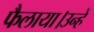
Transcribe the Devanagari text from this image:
फैलाया।उन्हें